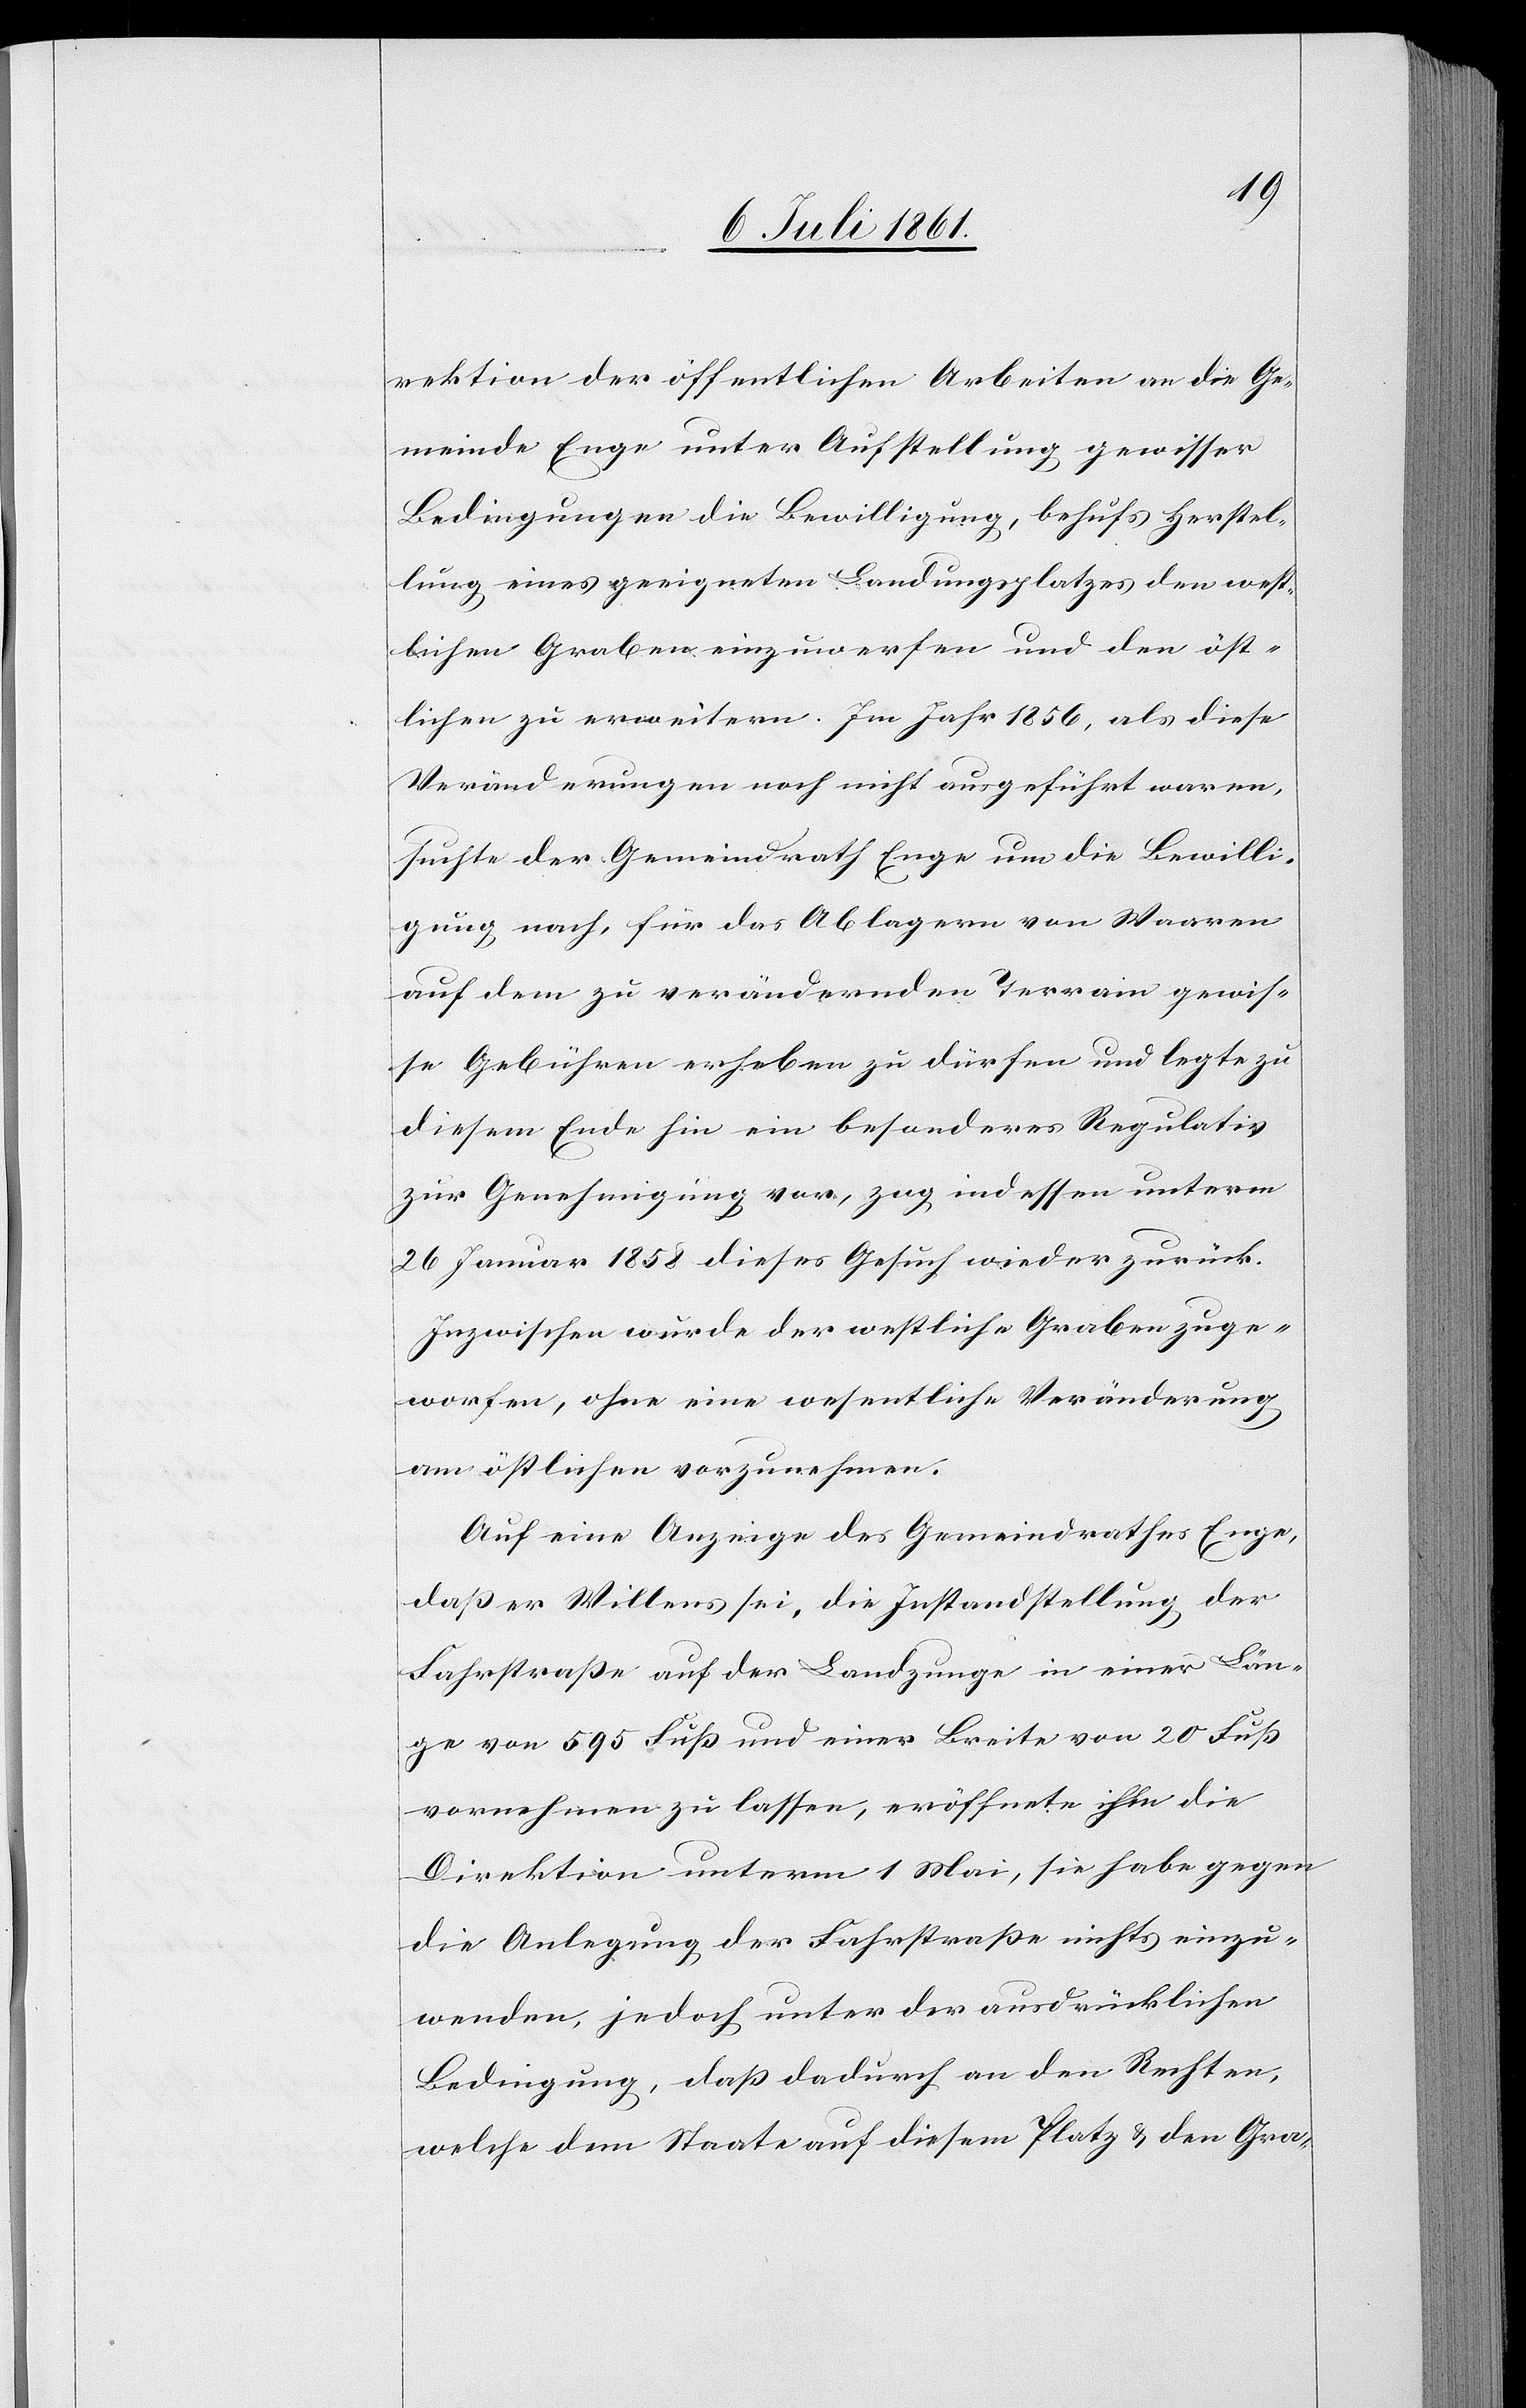
rektion der öffentlichen Arbeiten an die Ge¬
meinde Enge unter Aufstellung gewisser
Bedingungen die Bewilligung, behufs Herstel¬
lung eines geeigneten Landungsplatzes den west¬
lichen Graben einzuwerfen und den öst¬
lichen zu erweitern. Im Jahr 1856, als diese
Veränderungen noch nicht ausgeführt waren,
suchte der Gemeindrath Enge um die Bewilli¬
gung nach, für das Ablagern von Waaren
auf dem zu verändernden Terrain gewis¬
se Gebühren erheben zu dürfen und legte zu
diesem Ende ein besonderes Regulativ
zur Genehmigung vor, zog indessen unterm
26 Januar 1858 dieses Gesuch wieder zurück.
Inzwischen wurde der westliche Graben zuge¬
worfen, ohne eine wesentliche Veränderung
am östlichen vorzunehmen.
Auf eine Anzeige des Gemeindrathes Enge,
daß er Willens sei, die Instandstellung der
Fahrstraße auf der Landzunge in einer Län¬
ge von 595 Fuß und einer Breite von 20 Fuß
vornehmen zu lassen, eröffnete ihm die
Direktion unterm 1 Mai, sie habe gegen
die Anlegung der Fahrstraße nichts einzu¬
wenden, jedoch unter der ausdrücklichen
Bedingung, daß dadurch an den Rechten,
welche dem Staate auf diesem Platz u. dem Gra-